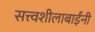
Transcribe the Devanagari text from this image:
सत्त्वशीलाबाईंनी